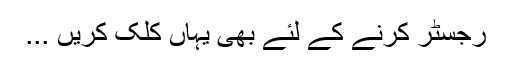
رجسٹر کرنے کے لئے بھی یہاں کلک کریں ...